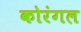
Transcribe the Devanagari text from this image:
कोरंगल